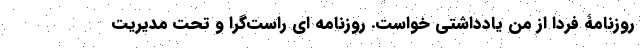
روزنامۀ فردا از من یادداشتی خواست. روزنامه ای راست‌گرا و تحت مدیریت